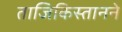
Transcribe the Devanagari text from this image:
ताजिकिस्तानने